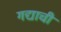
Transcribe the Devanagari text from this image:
गद्याची